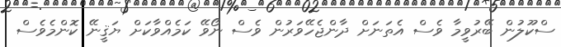
ސްކޫލުން ބޭރުވީމާ ވެސް އެތަނަށް ދާންޖެހޭވަރުން ވެސް ނޯވޭ ކަމެއްވާކަށް ޔަޤީނޭ ކޮންމެވެސް